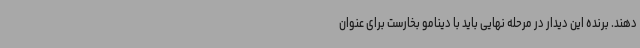
دهند. برنده این دیدار در مرحله نهایی باید با دینامو بخارست برای عنوان